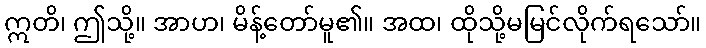
ဣတိ၊ ဤသို့။ အာဟ၊ မိန့်တော်မူ၏။ အထ၊ ထိုသို့မမြင်လိုက်ရသော်။